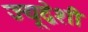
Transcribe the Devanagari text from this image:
ज्यूद्वेशी